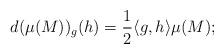
LaTeX: \begin{align*}d(\mu(M))_g(h)=\frac12\langle g,h\rangle\mu(M);\end{align*}